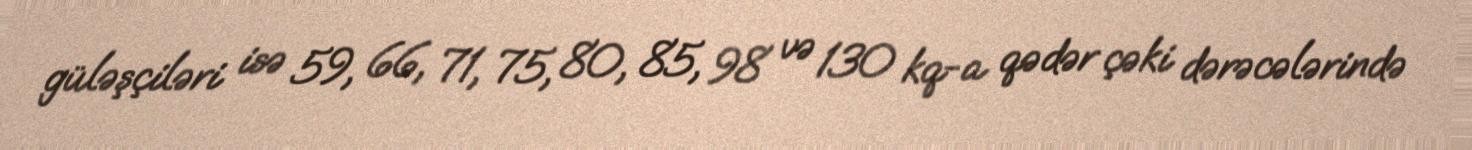
güləşçiləri isə 59, 66, 71, 75, 80, 85, 98 və 130 kq-a qədər çəki dərəcələrində